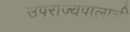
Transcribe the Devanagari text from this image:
उपराज्यपालाची